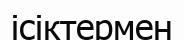
ісіктермен